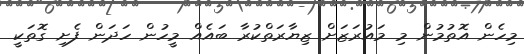
މިހެން އޮތުމުން މި މައުރަޒަށް ޒިޔާރަތްކުރާ ބައެއް މީހުން ހަދަން ފެށި ގޮތަކީ